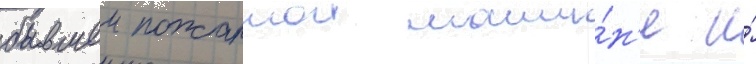
бывшеи пожарнои маши́н'е и́